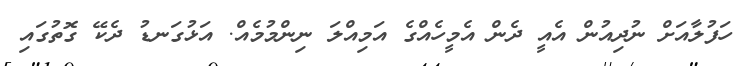
ހަފުލާއަށް ނުދިއުން އެއީ ދެން އެމީހެއްގެ އަމިއްލަ ނިންމުމެއް. އަޅުގަނޑު ދެކޭ ގޮތުގައި